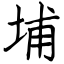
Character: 埔